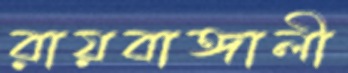
রায়বাঙ্গালী